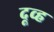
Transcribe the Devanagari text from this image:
दूव्ह